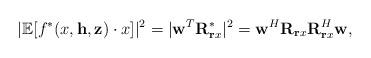
LaTeX: \begin{align*}|\mathbb{E}[f^{*}(x,\mathbf{h},\mathbf{z})\cdot x]|^2=|\mathbf{w}^{T}\mathbf{R}_{\mathbf{r}x}^*|^2=\mathbf{w}^{H}\mathbf{R}_{\mathbf{r}x}\mathbf{R}_{\mathbf{r}x}^{H}\mathbf{w},\end{align*}